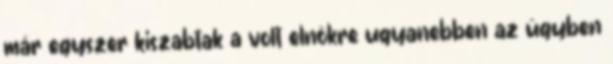
már egyszer kiszabtak a volt elnökre ugyanebben az ügyben